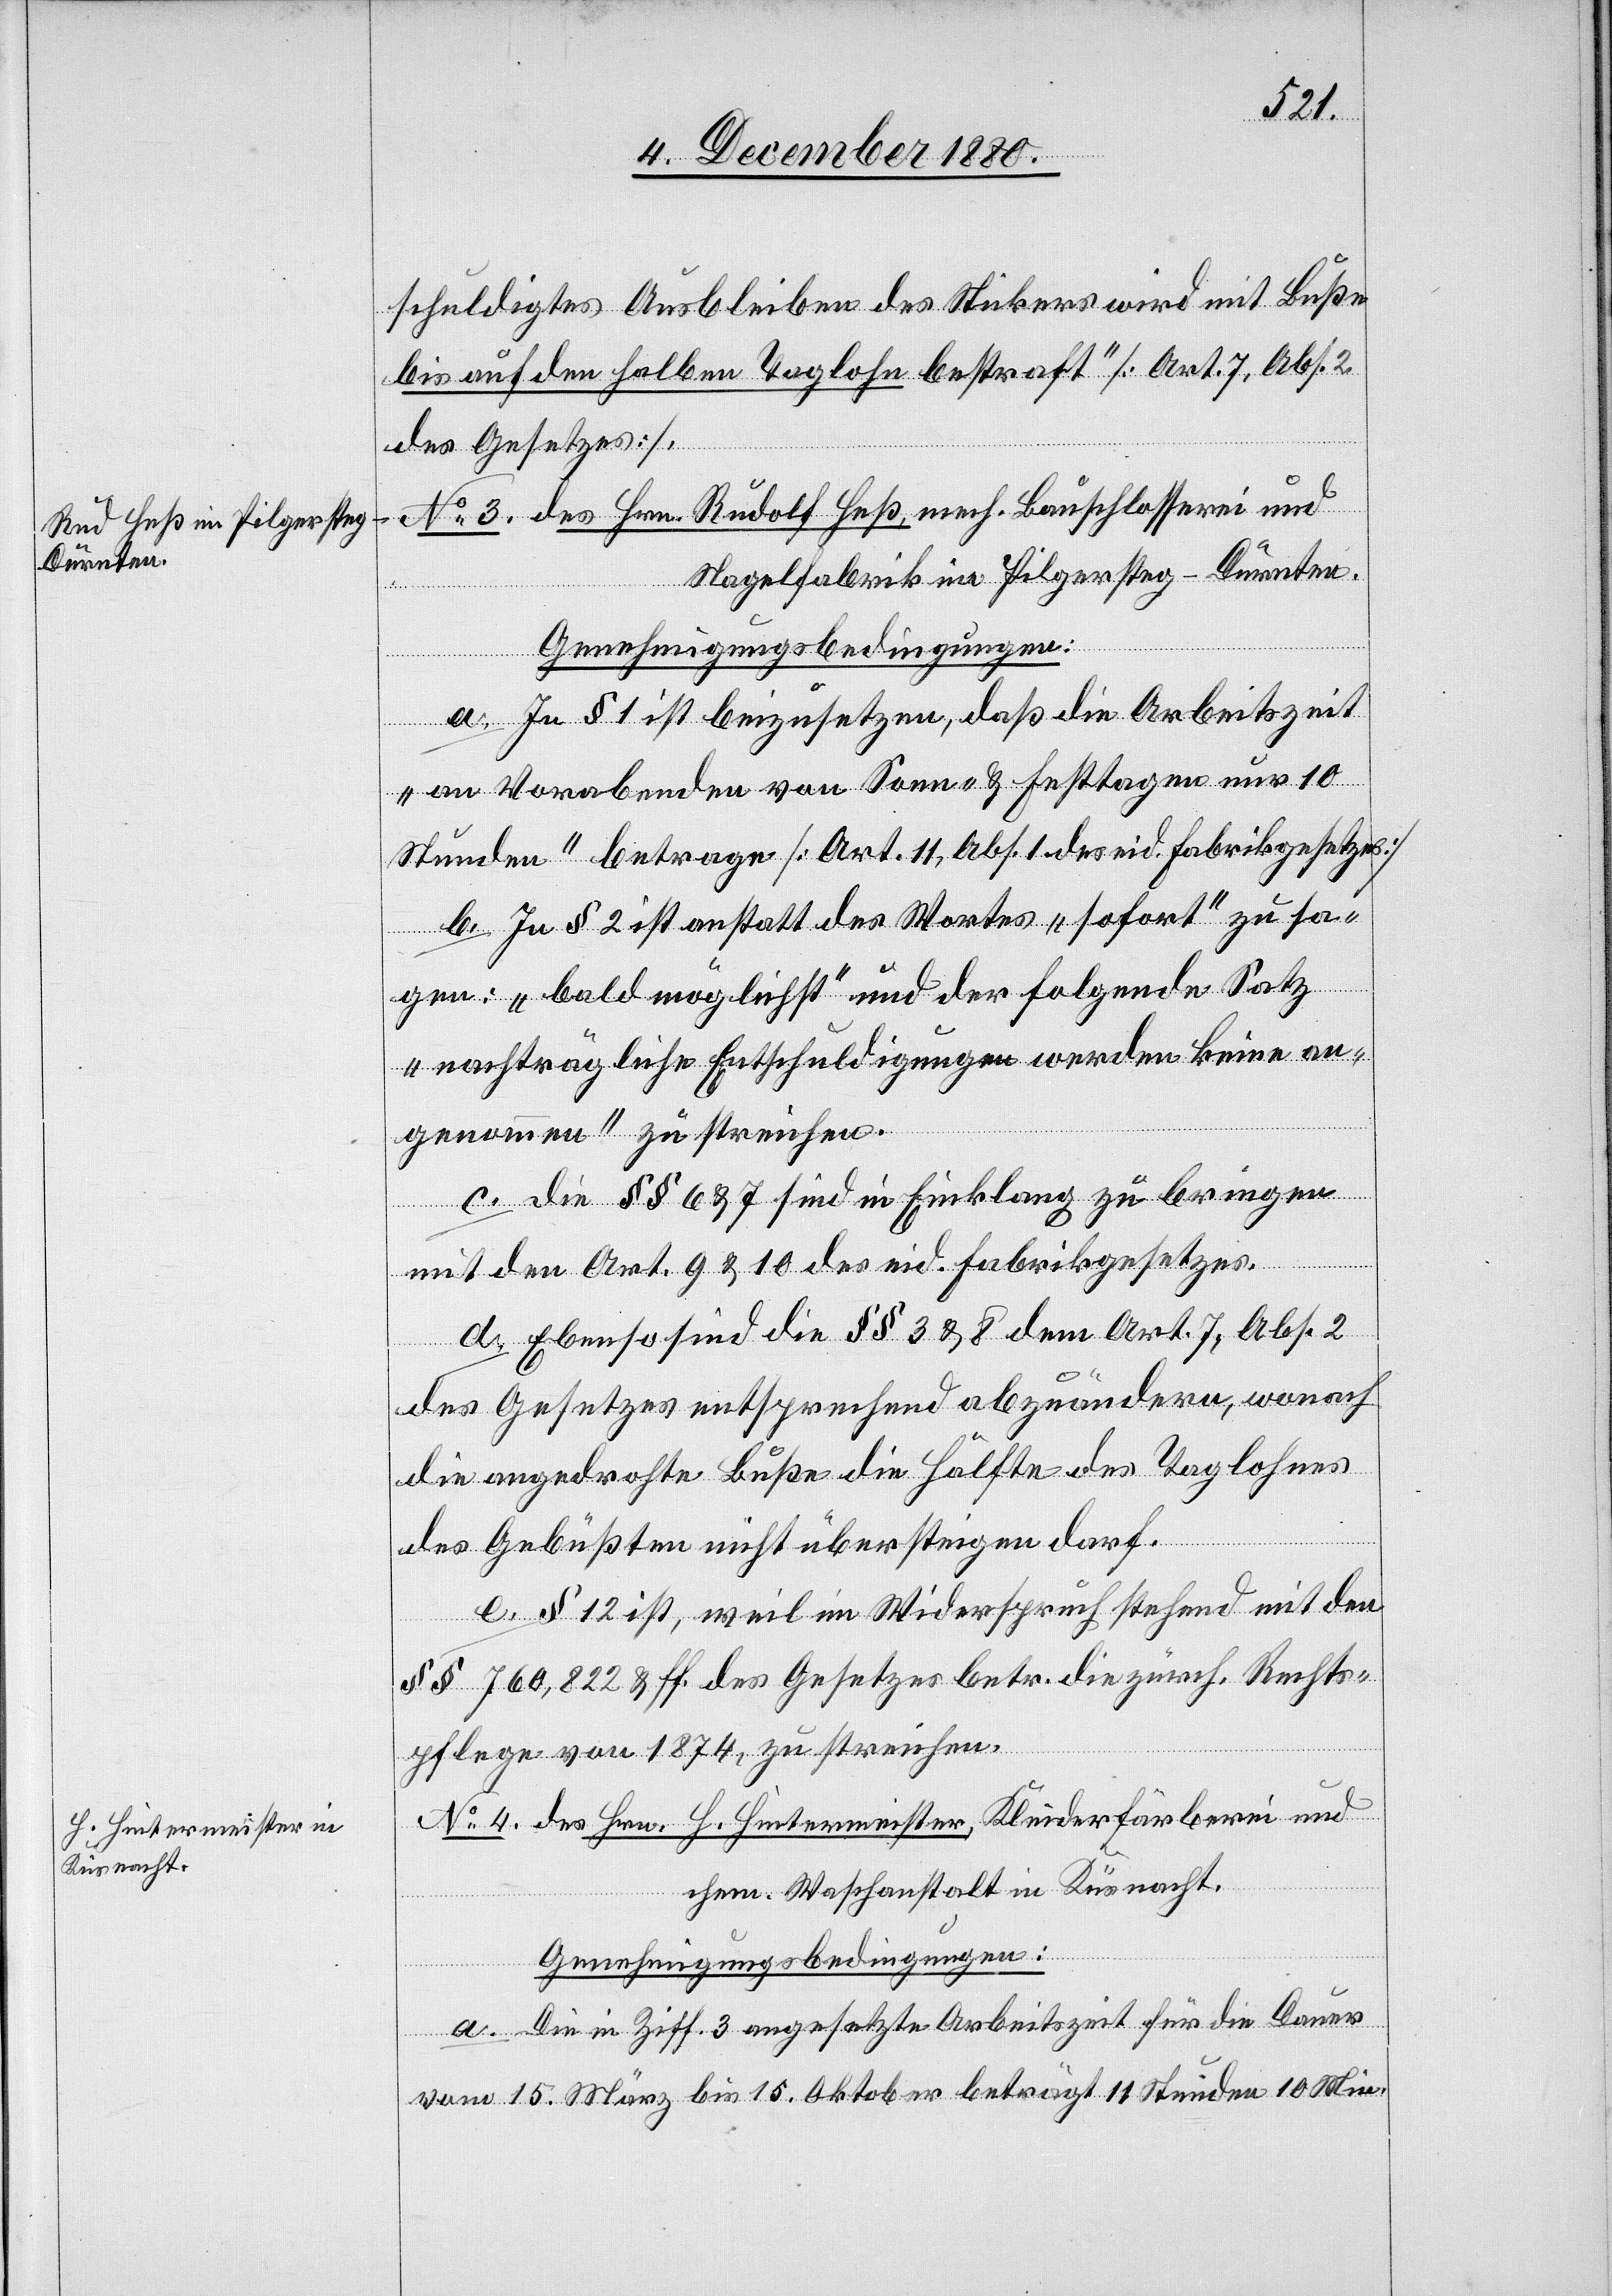
schuldigtes Ausbleiben des Stickers wird mit Buße
bis auf den halben Taglohn bestraft“ [Art. 7, Abs.
des Gesetzes].
No 3. des Hrn. Rudolf Heß, mech. Bauschlosserei und
Nagelfabrik im Pilgersteg - Dürnten.
Genehmigungsbedingungen:
a. In § 1 ist beizusetzen, daß die Arbeitszeit
„an Vorabenden von Sonn- & Festtagen nur 10
Stunden“ betrage [Art. 11, Abs. 1 des eid. Fabrikgesetzes]
b. In § 2 ist anstatt des Wortes „sofort“ zu sa¬
gen: „bald möglichst“ und der folgende Satz
„nachträgliche Entschuldigungen werden keine an¬
genommen“ zu streichen.
c. die §§ 6 & 7 sind in Einklang zu bringen
mit den Art. 9 & 10 des eid. Fabrikgesetzes.
d. Ebenso sind die §§ 3 & 8 dem Art. 7, Abs. 2
des Gesetzes entsprechend abzuändern, wonach
die angedrohte Buße die Hälfte des Taglohnes
des Gebüßten nicht übersteigen darf.
e. § 12 ist, weil im Widerspruch stehend mit den
§§ 760, 822 & ff. des Gesetzes betr. die zürch. Rechts¬
pflege von 1874 zu streichen.
No 4 des Hrn. H. Hintermeister, Kleiderfärberei und
chem. Waschanstalt in Küsnacht.
Genehmigungsbedingungen:
a. Die in Ziff. 3 angesetzte Arbeitszeit für die Dauer
vom 15. März bis 15. Oktober beträgt 11 Stunden 10 Min.